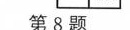
第8题